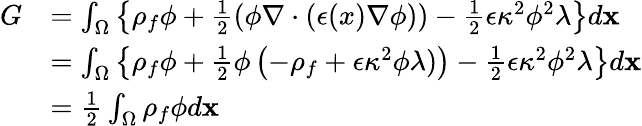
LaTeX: \begin{array}{rl}{G}&{=\int_{\Omega}\left\{ \rho_{f}\phi+\frac{1}{2}\left(\phi\nabla\cdot(\epsilon(x)\nabla\phi)\right)-\frac{1}{2}\epsilon\kappa^{2}\phi^{2}\lambda\right\} d\mathbf{x}}\\ &{=\int_{\Omega}\left\{ \rho_{f}\phi+\frac{1}{2}\phi\left(-\rho_{f}+\epsilon\kappa^{2}\phi\lambda)\right)-\frac{1}{2}\epsilon\kappa^{2}\phi^{2}\lambda\right\} d\mathbf{x}}\\ &{=\frac{1}{2}\int_{\Omega}\rho_{f}\phi d\mathbf{x}}\end{array}